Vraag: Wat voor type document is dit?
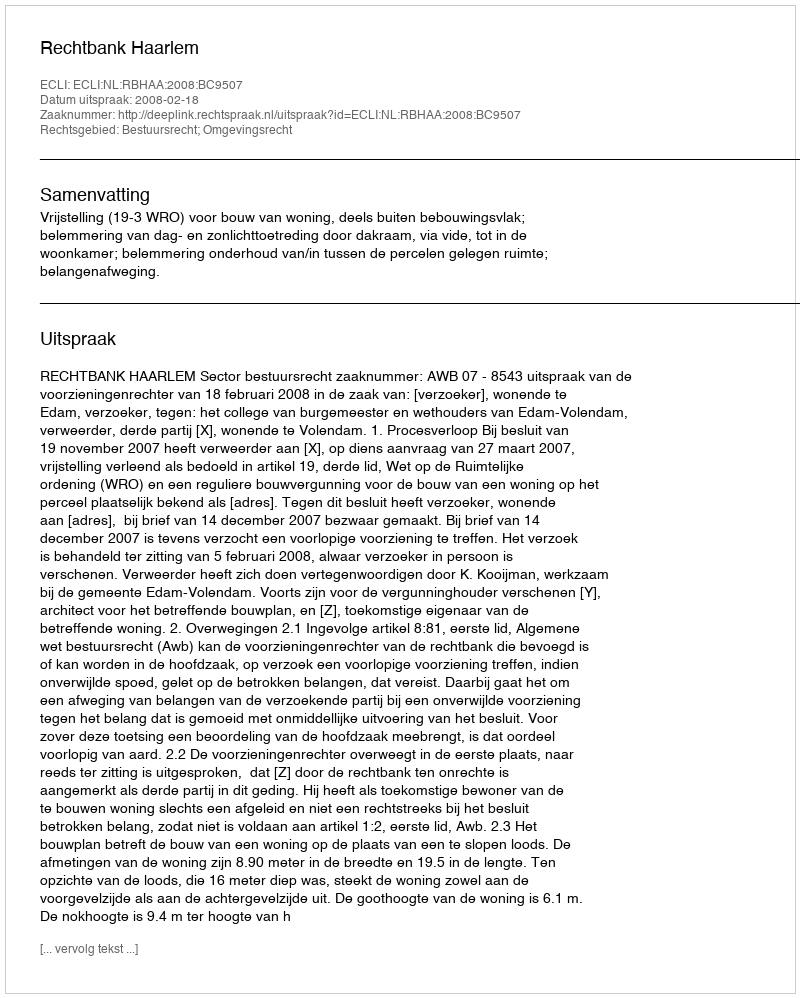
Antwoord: Uitspraak